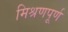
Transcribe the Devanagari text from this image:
मिश्रणपूर्ण